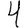
Digit: 4